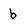
Character: b